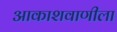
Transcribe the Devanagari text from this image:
आकाशवाणीला